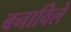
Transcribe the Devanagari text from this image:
बनाविले